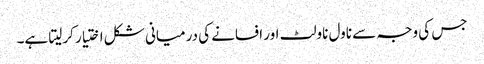
جس کی وجہ سے ناول ناولٹ اور افسانے کی درمیانی شکل اختیار کرلیتا ہے۔